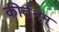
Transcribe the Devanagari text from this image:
कीर्तनम्